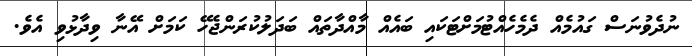
ނުދެވުނަސް ގައުމެއް ދެމެހެއްޓުމަށްޓަކައި ބައެއް މާއްދާތައް ބަދަލުކުރަންޖެހޭ ކަމަށް އޭނާ ވިދާޅުވި އެވެ.